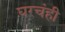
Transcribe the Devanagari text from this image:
घरचंही